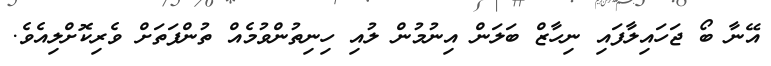
އޭނާ ބޯ ޖަހައިލާފައި ނިހާޒް ބަލަން އިނުމުން ލުއި ހިނިތުންވުމެއް ތުންފަތަށް ވެރިކޮށްލިއެވެ.